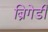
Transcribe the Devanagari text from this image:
ब्रिगेडी